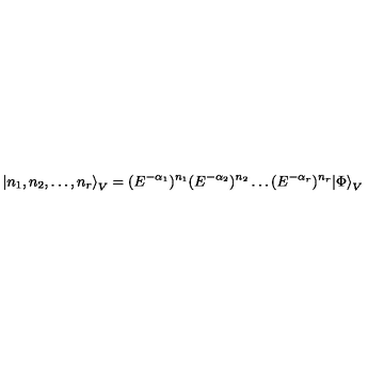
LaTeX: { \left| n _ { 1 } , n _ { 2 } , \dots , n _ { r } \right\rangle } _ { V } = ( E ^ { - \alpha _ { 1 } } ) ^ { n _ { 1 } } ( E ^ { - \alpha _ { 2 } } ) ^ { n _ { 2 } } \dots ( E ^ { - \alpha _ { r } } ) ^ { n _ { r } } { | \Phi \rangle } _ { V }